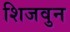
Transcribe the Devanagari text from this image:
शिजवुन